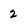
Character: 2